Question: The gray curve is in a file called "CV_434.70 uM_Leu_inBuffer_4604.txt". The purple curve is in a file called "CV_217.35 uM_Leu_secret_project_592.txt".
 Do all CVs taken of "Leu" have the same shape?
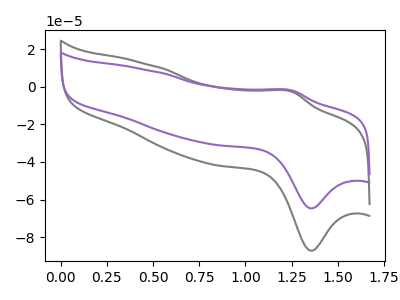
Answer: <think>The gray curve "Leu, 434.70 uM" has an anodic peak at (1.25V, -2.65uA) and a cathodic peak at (1.35V, -87.25uA). The purple curve "Leu, 217.35 uM" has an anodic peak at (1.25V, -1.95uA) and a cathodic peak at (1.35V, -64.70uA).
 All the peaks in "Leu, 434.70 uM" have a peak in "Leu, 217.35 uM" at the same potential.</think>
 <answer>All the CV's of "Leu" have similar shape.</answer>
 <eval>follow_rule</eval>